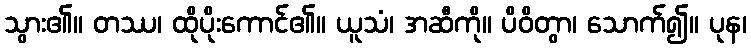
သွား၏။ တဿ၊ ထိုပိုးကောင်၏။ ယူသံ၊ အဆီကို။ ပိဝိတွာ၊ သောက်၍။ ပုန၊